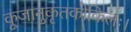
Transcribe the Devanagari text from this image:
कूजानुकृतकोकिलः।